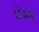
ડિઢૌરી